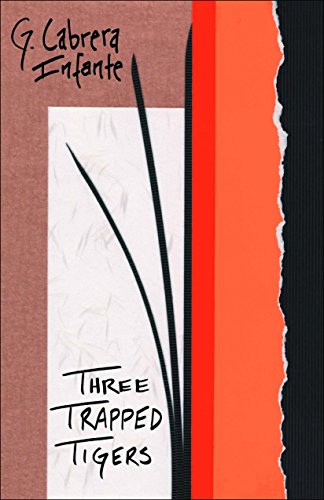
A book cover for Three Trapped Tigers (Latin American Literature Series); Guillermo Cabrera Infante; Literature & Fiction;